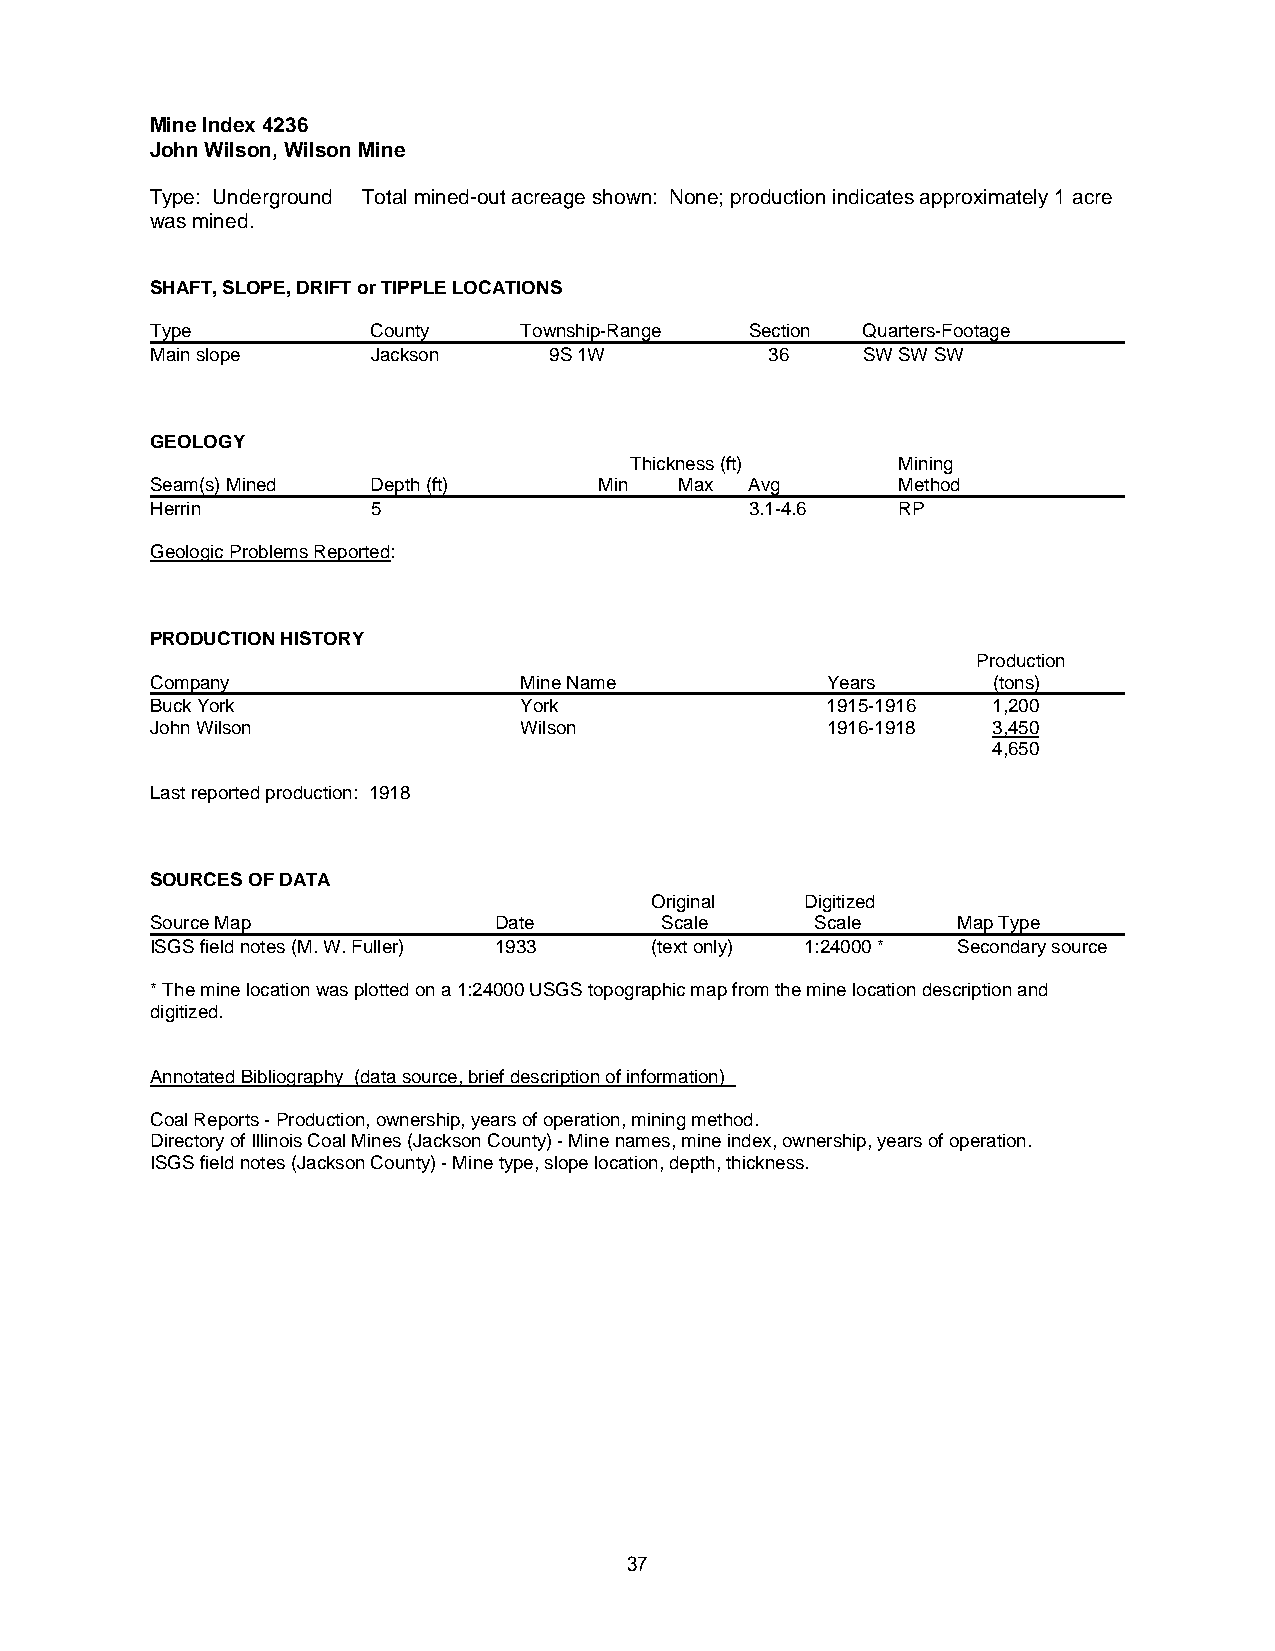
Mine Index 4236
 John Wilson, Wilson Mine
 Type: Underground Total mined-out acreage shown: None; production indicates approximately 1 acre
 was mined.
 SHAFT, SLOPE, DRIFT or TIPPLE LOCATIONS
 Type           County   Township-Range  Section Quarters-Footage
 Main slope     Jackson    9S 1W          36    SW SW SW
 GEOLOGY
 Thickness (ft)   Mining
 Seam(s) Mined  Depth (ft)     Min  Max  Avg      Method
 Herrin         5                        3.1-4.6  RP
 Geologic Problems Reported:
 PRODUCTION HISTORY
 Production
 Company                 Mine Name            Years      (tons)
 Buck York               York                 1915-1916  1,200
 John Wilson             Wilson               1916-1918  3,450
 4,650
 Last reported production: 1918
 SOURCES OF DATA
 Original  Digitized
 Source Map             Date       Scale     Scale    Map Type
 ISGS field notes (M. W. Fuller) 1933 (text only) 1:24000 * Secondary source
 * The mine location was plotted on a 1:24000 USGS topographic map from the mine location description and
 digitized.
 Annotated Bibliography (data source, brief description of information)
 Coal Reports - Production, ownership, years of operation, mining method.
 Directory of Illinois Coal Mines (Jackson County) - Mine names, mine index, ownership, years of operation.
 ISGS field notes (Jackson County) - Mine type, slope location, depth, thickness.
 37